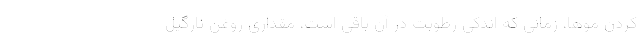
کردن موها، زمانی که اندکی رطوبت در آن با­قی است، مقداری روغن نارگیل